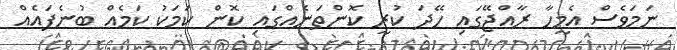
ނަމަވެސް އެމީހާ ރާއްޖޭގައި ހޭދަ ކުރީ ކޮންތަނެއްގައި ކޮން ކަމަކު ކަމެއް ބުނެފައެއް